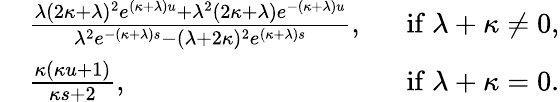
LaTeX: \begin{array}{rlr}&{\frac{\lambda(2\kappa+\lambda)^{2}e^{(\kappa+\lambda)u}+\lambda^{2}(2\kappa+\lambda)e^{-(\kappa+\lambda)u}}{\lambda^{2}e^{-(\kappa+\lambda)s}-(\lambda+2\kappa)^{2}e^{(\kappa+\lambda)s}},~~}&{\mathrm{if}~\lambda+\kappa\neq 0,}\\ &{\frac{\kappa(\kappa u+1)}{\kappa s+2},~~}&{\mathrm{if}~\lambda+\kappa=0.}\end{array}